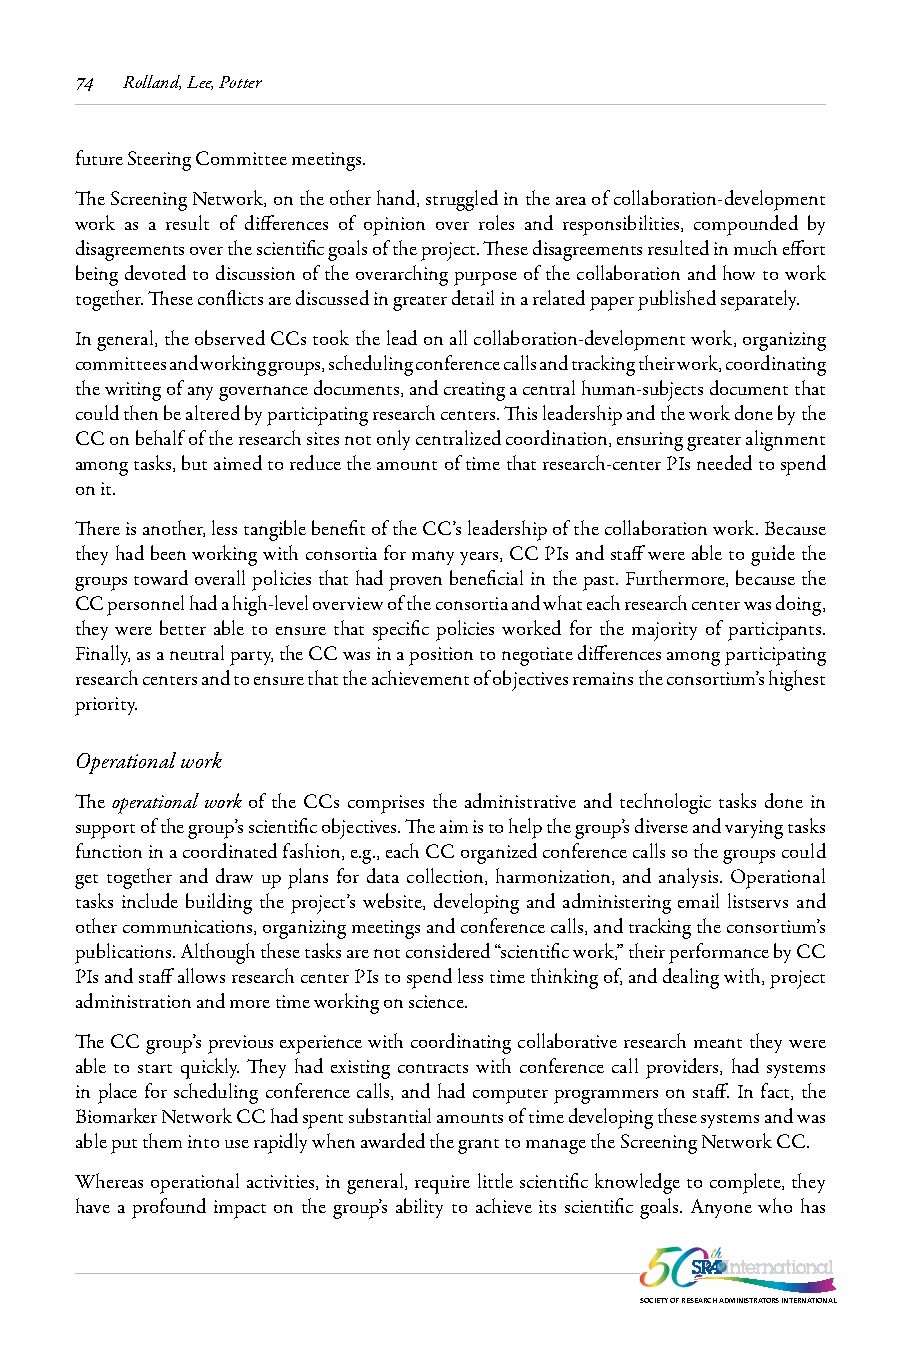
74 Rolland, Lee, Potter
 future Steering Committee meetings.
 The Screening Network, on the other hand, struggled in the area of collaboration-development
 work as a result of differences of opinion over roles and responsibilities, compounded by
 disagreements over the scientific goals of the project. These disagreements resulted in much effort
 being devoted to discussion of the overarching purpose of the collaboration and how to work
 together. These conflicts are discussed in greater detail in a related paper published separately.
 In general, the observed CCs took the lead on all collaboration-development work, organizing
 committees and working groups, scheduling conference calls and tracking their work, coordinating
 the writing of any governance documents, and creating a central human-subjects document that
 could then be altered by participating research centers. This leadership and the work done by the
 CC on behalf of the research sites not only centralized coordination, ensuring greater alignment
 among tasks, but aimed to reduce the amount of time that research-center PIs needed to spend
 on it.
 There is another, less tangible benefit of the CC’s leadership of the collaboration work. Because
 they had been working with consortia for many years, CC PIs and staff were able to guide the
 groups toward overall policies that had proven beneficial in the past. Furthermore, because the
 CC personnel had a high-level overview of the consortia and what each research center was doing,
 they were better able to ensure that specific policies worked for the majority of participants.
 Finally, as a neutral party, the CC was in a position to negotiate differences among participating
 research centers and to ensure that the achievement of objectives remains the consortium’s highest
 priority.
 Operational work
 The operational work of the CCs comprises the administrative and technologic tasks done in
 support of the group’s scientific objectives. The aim is to help the group’s diverse and varying tasks
 function in a coordinated fashion, e.g., each CC organized conference calls so the groups could
 get together and draw up plans for data collection, harmonization, and analysis. Operational
 tasks include building the project’s website, developing and administering email listservs and
 other communications, organizing meetings and conference calls, and tracking the consortium’s
 publications. Although these tasks are not considered “scientific work,” their performance by CC
 PIs and staff allows research center PIs to spend less time thinking of, and dealing with, project
 administration and more time working on science.
 The CC group’s previous experience with coordinating collaborative research meant they were
 able to start quickly. They had existing contracts with conference call providers, had systems
 in place for scheduling conference calls, and had computer programmers on staff. In fact, the
 Biomarker Network CC had spent substantial amounts of time developing these systems and was
 able put them into use rapidly when awarded the grant to manage the Screening Network CC.
 Whereas operational activities, in general, require little scientific knowledge to complete, they
 have a profound impact on the group’s ability to achieve its scientific goals. Anyone who has
 SOCIETY OF RESEARCH ADMINISTRATORS INTERNATIONAL